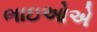
ભાઇઓએ